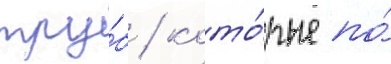
тру́б / кото́рые по́